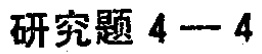
研究题 4--4